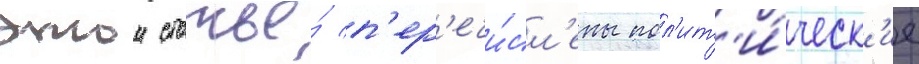
этои статье́ п'ер'ечи́сл'ены пол'ит'и́ческ'ие